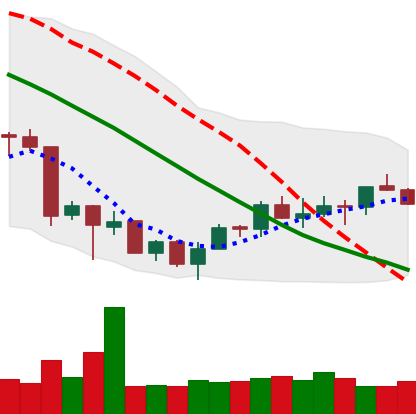
Ticker: ETH-USD
Chart end date: 2018-07-09
Forward return: -8.516%
Label: down_7plus